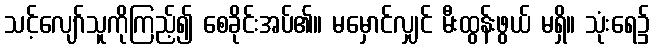
သင့်လျော်သူကိုကြည့်၍ စေခိုင်းအပ်၏။ မမှောင်လျှင် မီးထွန်းဖွယ် မရှိ။ သုံးရေ၌